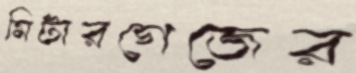
মিটারগেজের